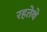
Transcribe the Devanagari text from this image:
रहतेथे